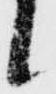
候